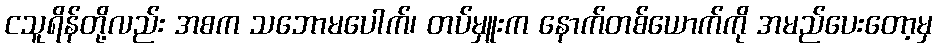
ငသူရိန်တို့လည်း အစက သဘောမပေါက်၊ တပ်မှူးက နောက်တစ်ယောက်ကို အမည်ပေးတော့မှ